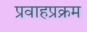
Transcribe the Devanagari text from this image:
प्रवाहप्रक्रम